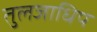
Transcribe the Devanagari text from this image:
तुलजाधिप